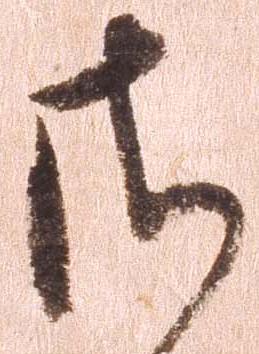
さ